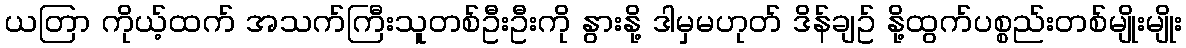
ယတြာ ကိုယ့်ထက် အသက်ကြီးသူတစ်ဦးဦးကို နွားနို့ ဒါမှမဟုတ် ဒိန်ချဥ် နို့ထွက်ပစ္စည်းတစ်မျိုးမျိုး